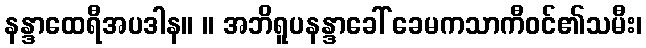
နန္ဒာထေရီအပဒါန။ ။ အဘိရူပနန္ဒာခေါ် ခေမကသာကီဝင်၏သမီး၊